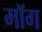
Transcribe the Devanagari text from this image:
माॅग